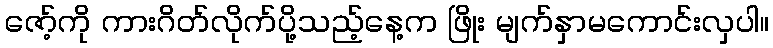
ဇော့်ကို ကားဂိတ်လိုက်ပို့သည့်နေ့က ဖြိုး မျက်နှာမကောင်းလှပါ။